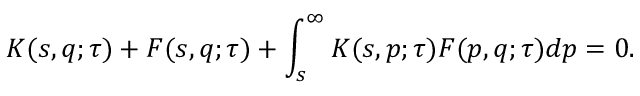
K ( s , q ; \tau ) + F ( s , q ; \tau ) + \int _ { s } ^ { \infty } K ( s , p ; \tau ) F ( p , q ; \tau ) d p = 0 .